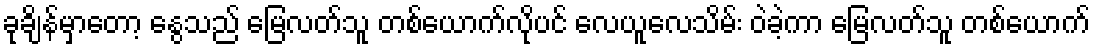
ခုချိန်မှာတော့ နွေသည် မြေလတ်သူ တစ်ယောက်လိုပင် လေယူလေသိမ်း ဝဲခဲ့ကာ မြေလတ်သူ တစ်ယောက်